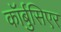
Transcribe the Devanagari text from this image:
कॉर्बुसिएर